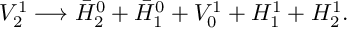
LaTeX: V _ { 2 } ^ { 1 } \longrightarrow \bar { H } _ { 2 } ^ { 0 } + \bar { H } _ { 1 } ^ { 0 } + V _ { 0 } ^ { 1 } + H _ { 1 } ^ { 1 } + H _ { 2 } ^ { 1 } .